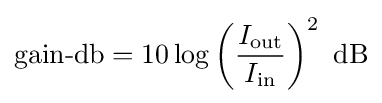
{\text{gain-db}}=10\log \left({\frac {I_{\text{out}}}{I_{\text{in}}}}\right)^{2}~{\text{dB}}